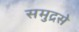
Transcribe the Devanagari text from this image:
समुद्रसे